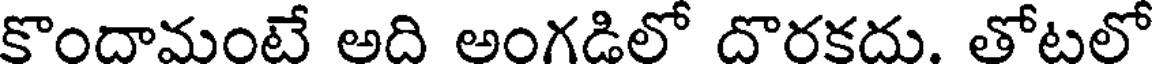
కొందామంటే అది అంగడిలో దొరకదు. తోటలో